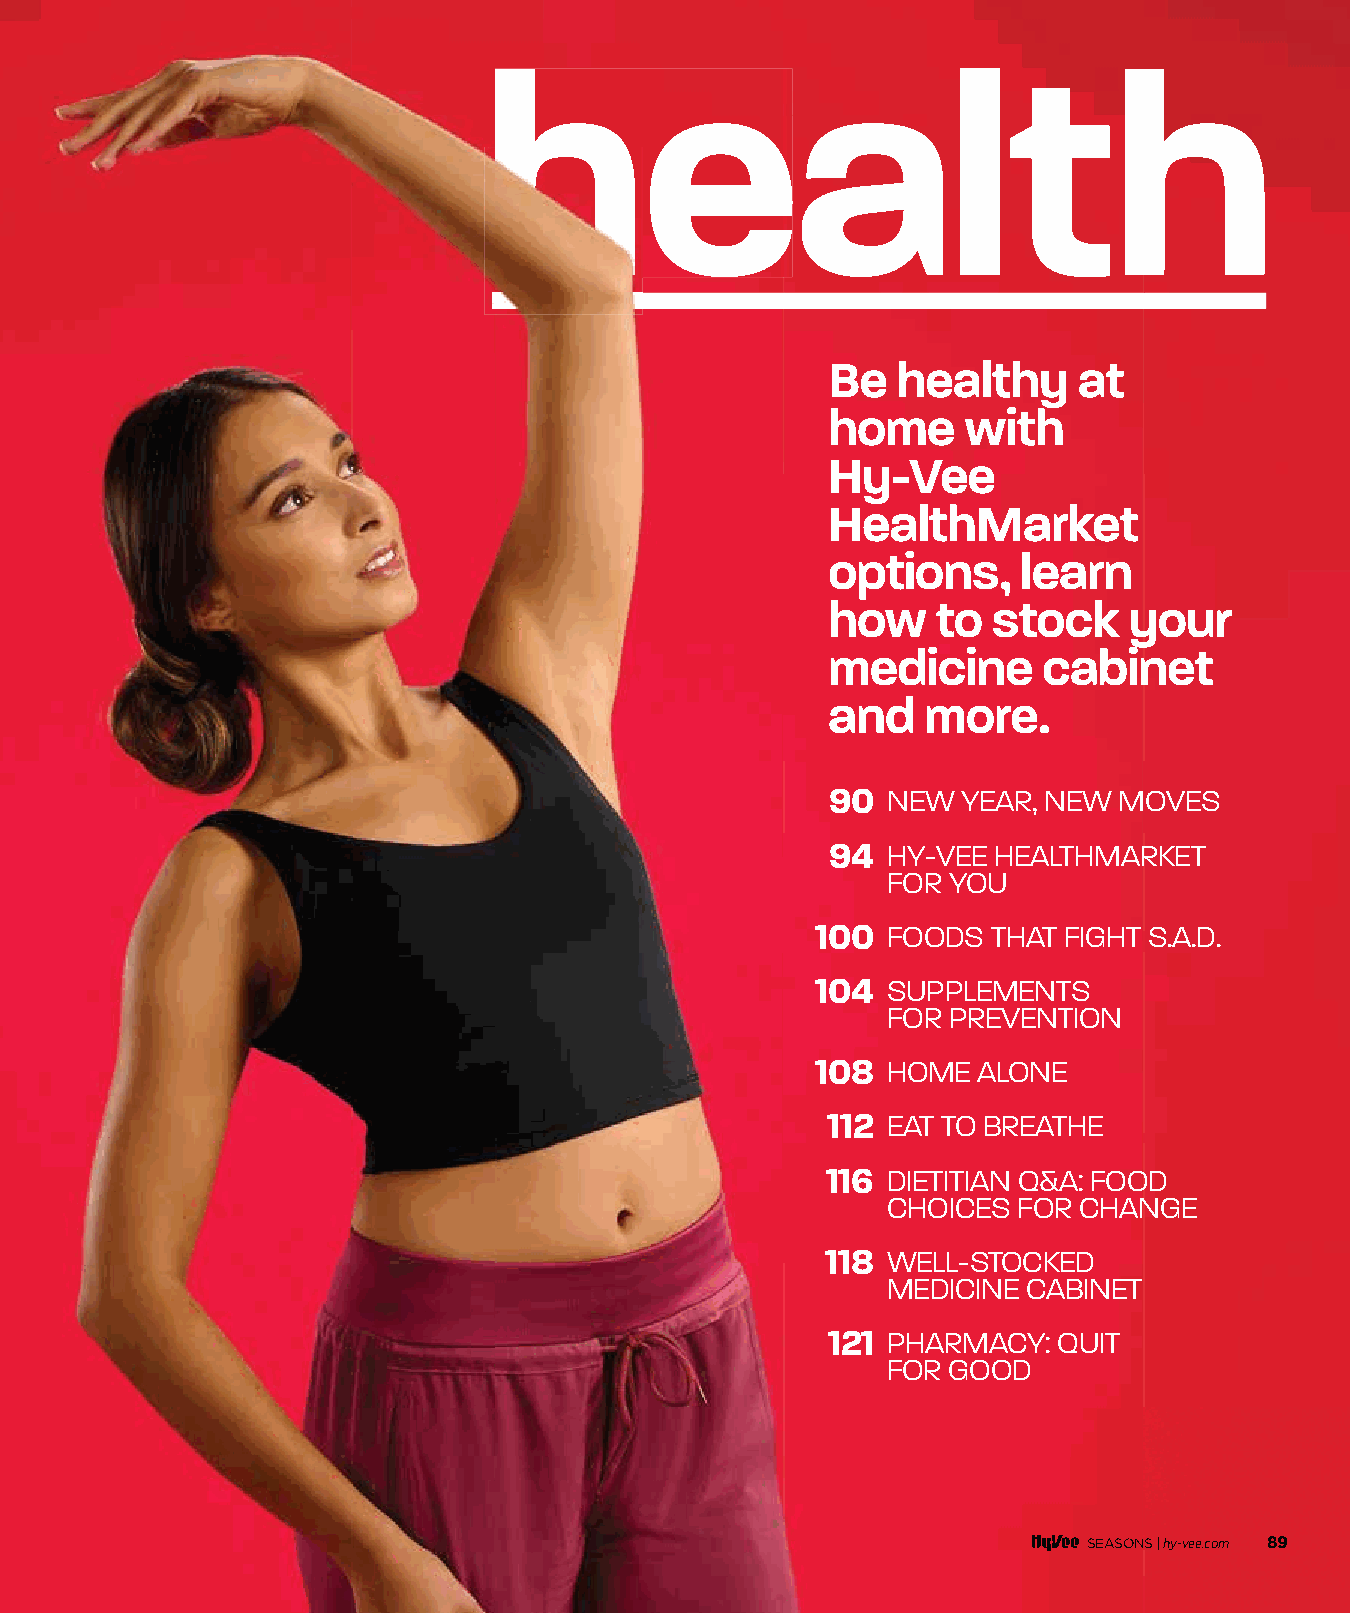
hheealth
 Be  healthy     at
 home     with
 Hy-Vee
 HealthMarket
 options,     learn
 how    to  stock    your
 medicine      cabinet
 and   more.
 90  NEW  YEAR, NEW MOVES
 94  HY-VEE HEALTHMARKET
 FOR YOU
 100  FOODS  THAT FIGHT S.A.D.
 104  SUPPLEMENTS
 FOR PREVENTION
 108  HOME  ALONE
 112 EAT TO BREATHE
 116 DIETITIAN Q&A: FOOD
 CHOICES FOR CHANGE
 118 WELL-STOCKED
 MEDICINE CABINET
 121 PHARMACY:  QUIT
 FOR GOOD
 SEASONS |hy-vee.com 89
 008888--008899 HHeeaalltthh OOppeenneerr__1111..2299..iinndddd 8899             1111//2299//2211 1111::5522 AAMM